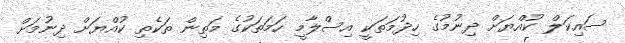
ސައިކަލް ކުއްޔަށް ދިނުމުގެ ހިދުމަތަކީ އިސްލާމީ ހަމަތަކުގެ މަތިން ތަކެތި ކުއްޔަށް ދިނުމަށް